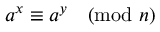
a ^ { x } \equiv a ^ { y } { \pmod { n } }